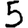
Digit: 5